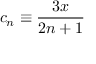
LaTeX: c _ { n } \equiv { \frac { 3 x } { 2 n + 1 } }